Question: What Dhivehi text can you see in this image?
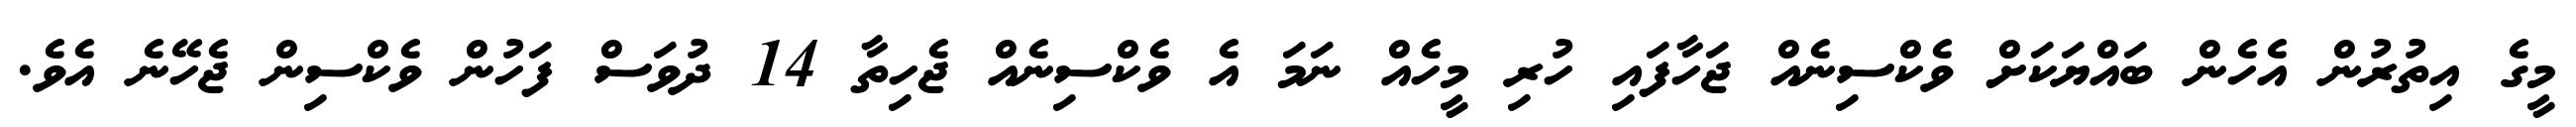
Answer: މީގެ އިތުރުން އެހެން ބައްޔަކަށް ވެކްސިނެއް ޖަހާފައި ހުރި މީހެއް ނަމަ އެ ވެކްސިނެއް ޖެހިތާ 14 ދުވަސް ފަހުން ވެކްސިން ޖެހޭނެ އެވެ.